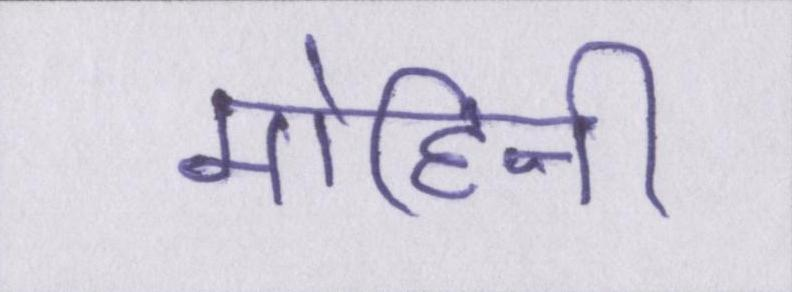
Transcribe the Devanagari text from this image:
मोहिनी